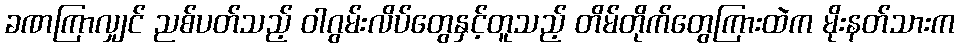
ခဏကြာလျှင် ညစ်ပတ်သည့် ဝါဂွမ်းလိပ်တွေနှင့်တူသည့် တိမ်တိုက်တွေကြားထဲက မိုးနတ်သားက